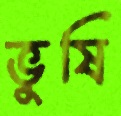
ভুষি